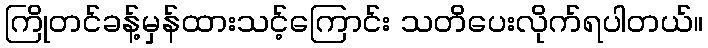
ကြိုတင်ခန့်မှန်ထားသင့်ကြောင်း သတိပေးလိုက်ရပါတယ်။